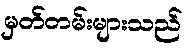
မှတ်တမ်းများသည်